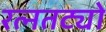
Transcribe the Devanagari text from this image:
रत्नतट्यो